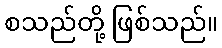
စသည်တို့ ဖြစ်သည်။